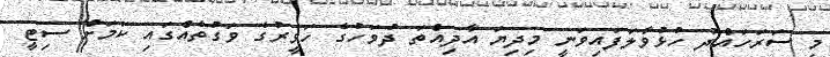
މި ސަރަހައްދު ހުޅުވާލަފައިވަނީ މިދިޔަ އާދިއްތަ ދުވަހުގެ ހަވީރުގެ ވަގުތެއްގައި ކަމަށް ސިޓީ